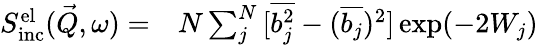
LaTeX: \begin{array}{rl}{S_{\mathrm{inc}}^{\mathrm{el}}(\vec{Q},\omega)=}&{{}N\sum_{j}^{N}{[\overline{{b_{j}^{2}}}-(\overline{{b_{j}}})^{2}]}\exp(-2W_{j})}\end{array}